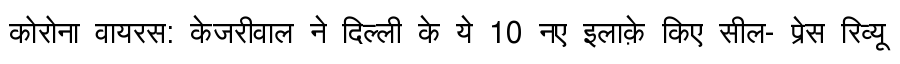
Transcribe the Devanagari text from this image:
कोरोना वायरस: केजरीवाल ने दिल्ली के ये 10 नए इलाक़े किए सील- प्रेस रिव्यू